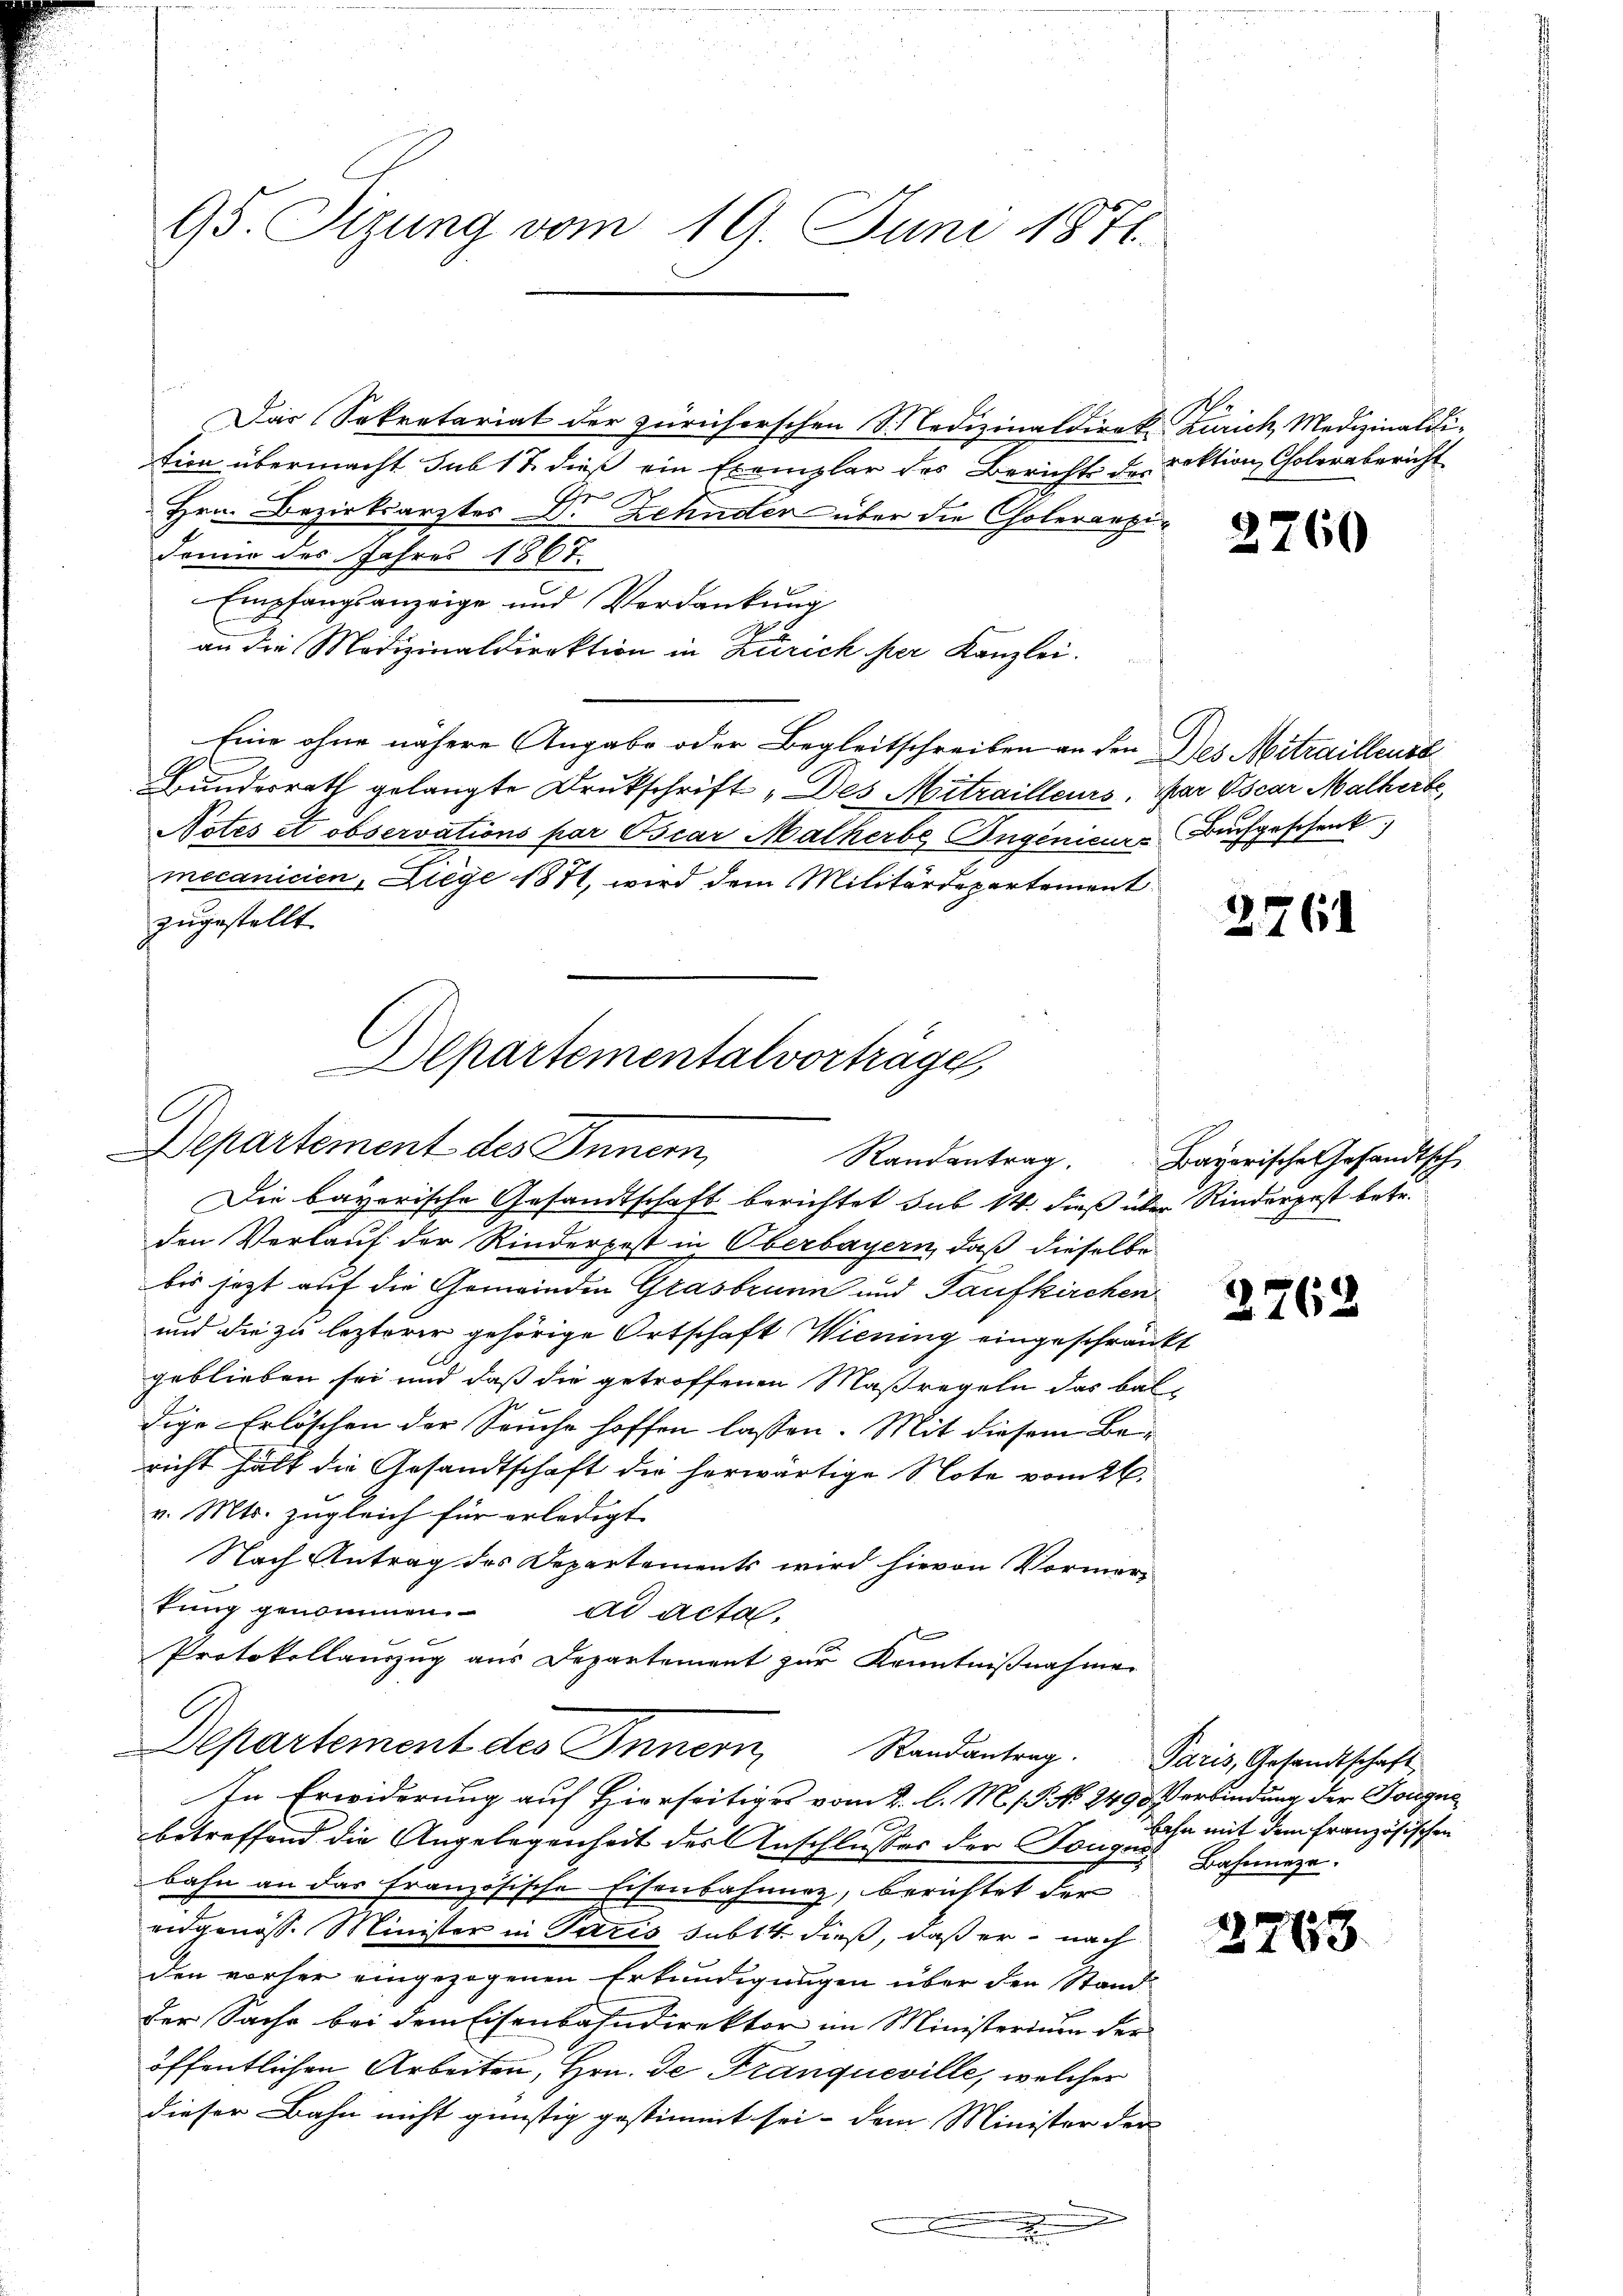
95. Sizung vom 19. Juni 1876.

Das Sekretariat der züricherschen STedizinaldirek Zürich, Medizinaldi-
tien übermacht sub 17 dieß ein Exemplar des Bericht de rektion Cholerabericht
Hrn. Bezirksarztes Dr Zehnder über die Cholerarzi¬
Jomie des Jahres 1867.
Empfangsanzeige und Verdankung
an die Modizinaldirektion in Zürich per Kanzlei.
Eine ohne nähere Angabe oder Begleitschreiben an den Des Mittaillense
1
Bundesrath gelangte Druckschrift „Des Mitrailleurs. Mar Oscar Malherbe
Notés et observations par Oscar Malherbe Ingenieur, Buchgeschenk.)
mecanicien, Liege 1871, wird dem Militärdepartement
zugestellt.

Departementalvorträge
C
Departement des Innern,
Randantrag.
Die bayerische Gesandtschaft berichtet sub 14. dieß über Rinderpost betr.

den Verlauf der Rinderpost in Oberbayern, daß dieselbe
bis jetzt auf die Gemeinden Grasbrunn und Taufkirchen
und die zu lezterer gehörige Ortschaft Wienung eingeschränkt
geblieben sei und daß die getroffenen Maßregeln das baldige Erlöschen der Seuche hoffen lassen. Mit diesem Bericht hält die Gesandtschaft die herwärtige Note vom 26.
v. Mts. zugleich für erledigt
Nach Antrag des Departements wird hievon Vormertung genommen.
ad acta
Protokollauszug aus Departement zur Kenntnißnahme
C
Departement des Innern
Randantrag. Paris, Gesandtschaft
In Erwiderung auf Hierseitiges vom 2. l. M. s P. No. 249 Verbindung der Bougne
betreffend die Angelegenheit des Anschlusses der Tonger Bahnneze
bahn an das französische Eisenbahnnez, berichtet der
eidgenöss. Minister in Paris subl 4. dieß, daß er nach
den vorher eingezogenen Erkundigungen über den Stand-
der Sache bei dem Eisenbahndirektor im Ministerium der
öffentlichen Arbeiten, Hrn. De Tranqueville, welcher
dieser Bahn nicht günstig gestimmt sei, dem Minister der |
.

2760

2764

Bayerische Gesandtsch

2762

bahn mit dem französischen

2763.